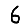
Digit: 6